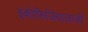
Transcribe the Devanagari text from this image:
इकोफिजियालाजी